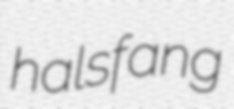
halsfang